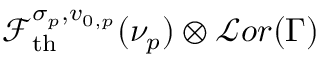
\mathcal { F } _ { \mathrm { t h } } ^ { \sigma _ { p } , v _ { 0 , p } } ( \nu _ { p } ) \otimes \mathcal { L } o r ( \Gamma )